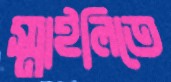
স্মাইলিতে